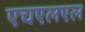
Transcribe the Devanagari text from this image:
एचएलएल